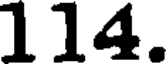
114.